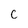
Character: c